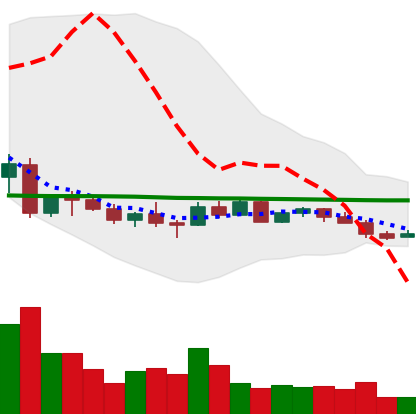
Ticker: EOS-USD
Chart end date: 2022-10-09
Forward return: -10.022%
Label: down_7plus